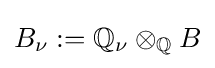
B_{\nu }:=\mathbb {Q} _{\nu }\otimes _{\mathbb {Q} }B